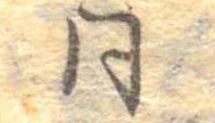
同